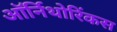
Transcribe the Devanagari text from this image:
ऑर्निथोरिंकस